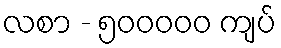
လစာ - ၅၀၀၀၀၀ ကျပ်